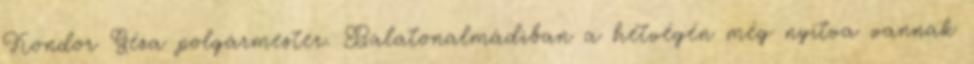
Kondor Géza polgármester. Balatonalmádiban a hétvégén még nyitva vannak